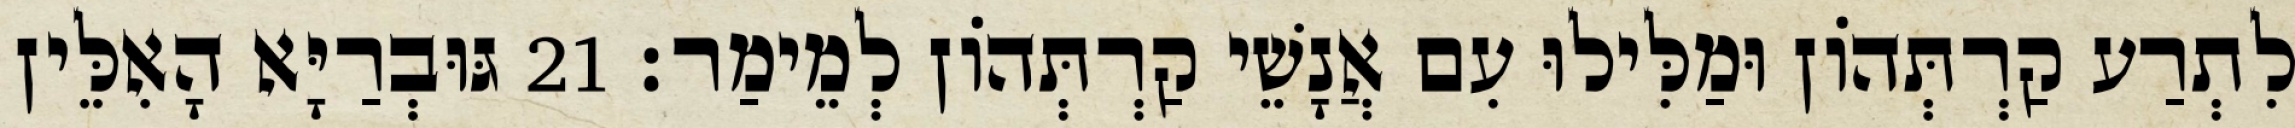
לִתְרַע קַרְתְּהוֹן וּמַלִּילוּ עִם אֲנָשֵׁי קַרְתְּהוֹן לְמֵימַר׃ 21 גּוּבְרַיָּא הָאִלֵּין